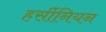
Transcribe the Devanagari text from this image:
हर्सीनियन